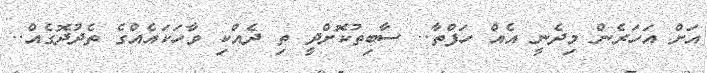
އަށް އަހަރެން މިދެނީ އެއް ހަފްތާ.. ސާބިތުކޮށްދީ ތި ދެއްކި ވާހަކައެއްގެ ތެދުދޮގެއް..